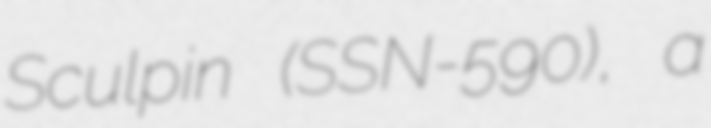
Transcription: Sculpin (SSN-590), a